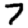
Digit: 7